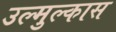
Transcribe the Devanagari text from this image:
उल्मुल्कास